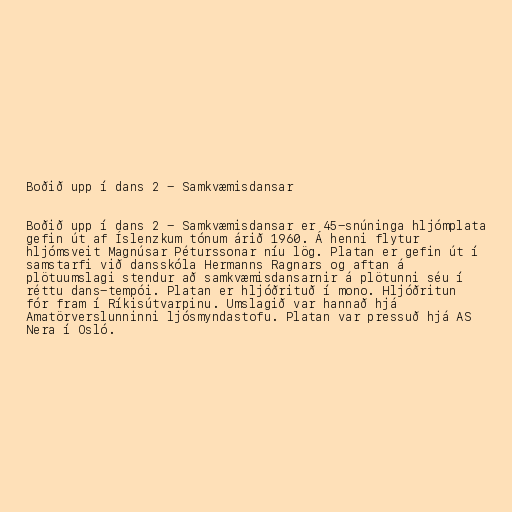
Boðið upp í dans 2 - Samkvæmisdansar

Boðið upp í dans 2 - Samkvæmisdansar er 45-snúninga hljómplata
gefin út af Íslenzkum tónum árið 1960. Á henni flytur
hljómsveit Magnúsar Péturssonar níu lög. Platan er gefin út í
samstarfi við dansskóla Hermanns Ragnars og aftan á
plötuumslagi stendur að samkvæmisdansarnir á plötunni séu í
réttu dans-tempói. Platan er hljóðrituð í mono. Hljóðritun
fór fram í Ríkisútvarpinu. Umslagið var hannað hjá
Amatörverslunninni ljósmyndastofu. Platan var pressuð hjá AS
Nera í Osló.